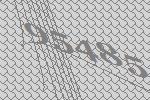
95485